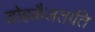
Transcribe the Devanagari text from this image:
डोहळैजताति